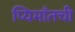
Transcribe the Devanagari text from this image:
प्यिमाँतची